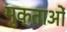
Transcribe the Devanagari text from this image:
मुक्ताओं